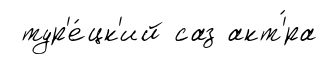
тур'е́цк'ий саз акт'́ра